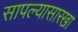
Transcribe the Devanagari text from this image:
सापल्यासारखा